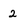
Character: 2